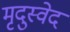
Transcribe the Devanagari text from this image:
मृदुस्वेद